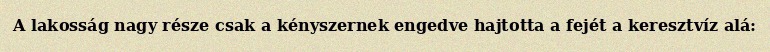
A lakosság nagy része csak a kényszernek engedve hajtotta a fejét a keresztvíz alá: